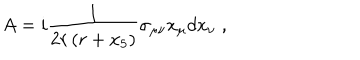
A = i \frac { 1 } { 2 r \left( r + x _ { 5 } \right) } \sigma _ { \mu \nu } x _ { \mu } d x _ { \nu } \; ,